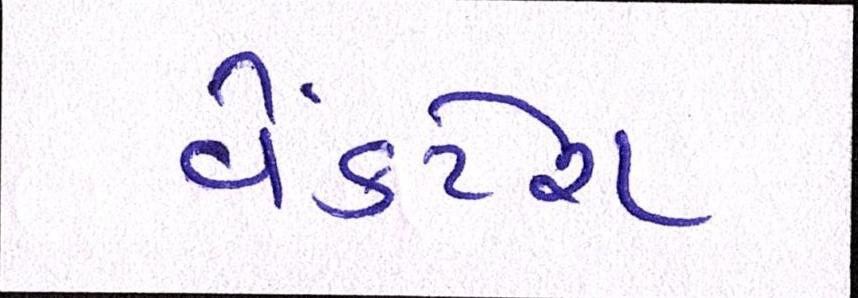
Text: વેંકટેશ